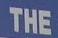
the